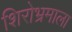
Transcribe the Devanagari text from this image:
शिरोभ्रमाला